Rangoon Lunatic Asylum 1893-1897 - 1893-1897
Year: 1893
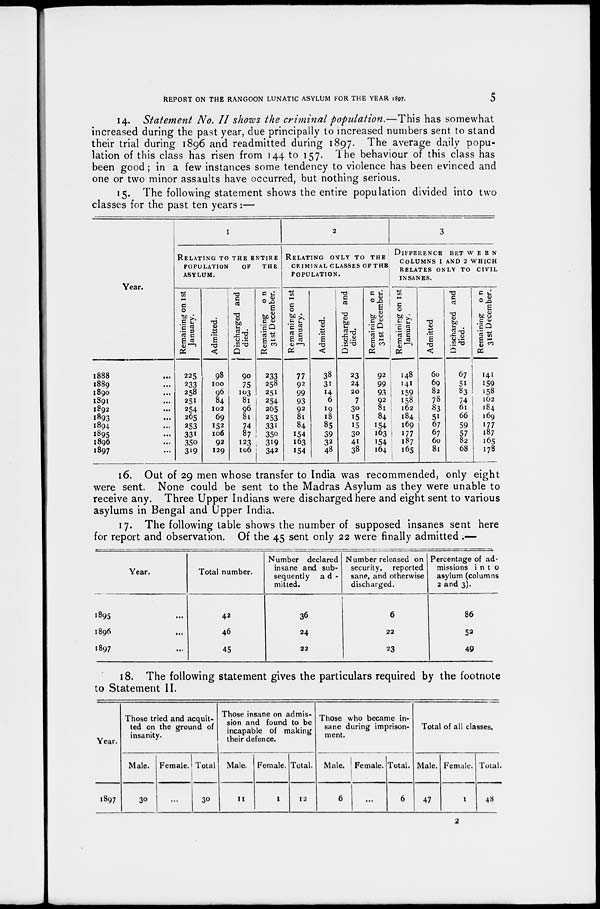
REPORT ON THE RANGOON LUNATIC ASYLUM FOR THE YEAR 1897.
5
14. Statement No. II shows the criminal population.—This has somewhat
increased during the past year, due principally to increased numbers sent to stand
their trial during 1896 and readmitted during 1897. The average daily popu-
lation of this class has risen from 144 to 157. The behaviour of this class has
been good ; in a few instances some tendency to violence has been evinced and
one or two minor assaults have occurred, but nothing serious.
15. The following statement shows the entire population divided into two
classes for the past ten years :—
Year.
1888 ...
1889 ...
1890 ...
1891 ...
1892 ...
1893 ...
1894 ...
1895 ...
1896 ...
1897 ...
1
RELATING TO THE ENTIRE
POPULATION
OF
THE
ASYLUM.
Remaining on 1st
January.
225
233
258
251
254
265
253
331
350
319
Admitted.
98
100
96
84
102
69
152
106
92
129
Discharged and
died.
90
75
103
81
96
81
74
87
123
106
Remaining on
31st December.
233
258
251
254
265
253
331
350
319
342
2
RELATING ONLY TO THE
CRIMINAL CLASSES OF THE
POPULATION.
Remaning on 1st
January.
77
92
99
93
92
81
84
154
163
154
Admitted.
38
31
14
6
19
18
85
39
32
48
Discharged and
died.
23
24
20
7
30
15
15
30
41
38
Remaining on
31st December.
92
99
93
92
81
84
154
163
154
164
3
DIFFERENCE BETWEEN
COLUMNS 1 AND 2 WHICH
RELATES ONLY TO CIVIL
INSANES.
Remaining on 1st
January.
148
141
159
158
162
184
169
177
187
165
Admitted.
60
69
82
78
83
51
67
67
60
81
Discharged and
died.
67
51
83
74
61
66
59
57
82
68
Remaining on
31st December.
141
159
158
162
184
169
177
187
165
178
16. Out of 29 men whose transfer to India was recommended, only eight
were sent. None could be sent to the Madras Asylum as they were unable to
receive any. Three Upper Indians were discharged here and eight sent to various
asylums in Bengal and Upper India.
17. The following table shows the number of supposed insanes sent here
for report and observation. Of the 45 sent only 22 were finally admitted :—
Year.
1895 ...
1896 ...
1897 ...
Total number.
42
46
45
Number declared
insane and sub-
sequently
ad-
mitted.
36
24
22
Number released on
security, reported
sane, and otherwise
discharged.
6
22
23
Percentage of ad-
missions into
asylum (columns
2 and 3).
86
52
49
18. The following statement gives the particulars required by the footnote
to Statement II.
Year.
1897
Those tried and acquit-
ted on the ground of
insanity.
Male.
30
Female.
...
Total.
30
Those insane on admis-
sion and found to be
incapable of making
their defence.
Male.
11
Female.
1
Total.
12
Those who became in-
sane during imprison-
ment.
Male.
6
Female.
...
Total.
6
Total of all classes.
Male.
47
Female.
1
Total.
48
2